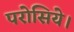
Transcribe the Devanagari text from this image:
परोसिये।